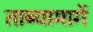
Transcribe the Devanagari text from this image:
ताब्यामागें